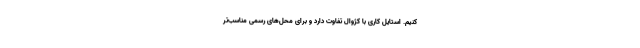
‌کنیم. استایل کاری با کژوال تفاوت دارد و برای محل‌های رسمی مناسب‌تر